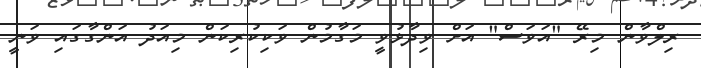
ރިލްވާން މިރޭ "އަވަސް" އަށް ވިދާޅުވީ މަގާމުން ވަކިކުރިކަން މިއަދު އަންގާގައި ވަނީ